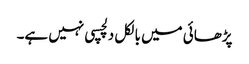
پڑھائی میں بالکل دلچسپی نہیں ہے۔